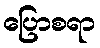
ပြောစရာ